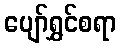
ပျော်ရွှင်စရာ